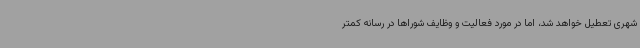
شهری تعطیل خواهد شد، اما در مورد فعالیت و وظایف شوراها در رسانه کمتر